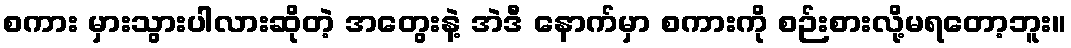
စကား မှားသွားပါလားဆိုတဲ့ အတွေးနဲ့ အဲဒီ နောက်မှာ စကားကို စဉ်းစားလို့မရတော့ဘူး။